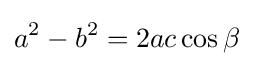
a^{2}-b^{2}=2ac\cos \beta